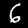
Label: 6